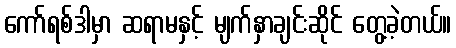
ကော်ရစ်ဒါမှာ ဆရာမနှင့် မျက်နှာချင်းဆိုင် တွေ့ခဲ့တယ်။